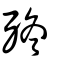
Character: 𣧩